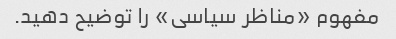
مفهوم «مناظر سیاسی» را توضیح دهید.